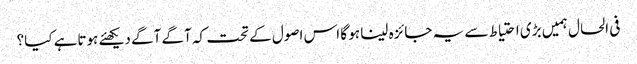
فی الحال ہمیں بڑی احتیاط سے یہ جائزہ لینا ہو گا اس اصول کے تحت کہ آگے آگے دیکھئے ہوتاہے کیا؟